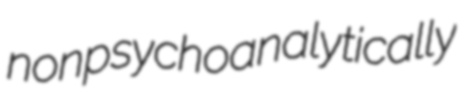
nonpsychoanalytically